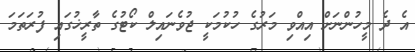
އެ ދެ މީހުންނަށް އިއްވި މަރުގެ ހުކުމަކީ ޖުވެނައިލް ކޯޓުގެ ތާރީޚުގައި ފުރަތަމަ